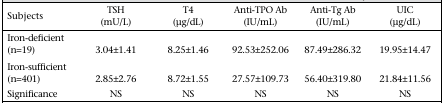
<table><thead><tr><td><b>Subjects</b></td><td><b>TSH (mU/L)</b></td><td><b>T4 (μg/dL)</b></td><td><b>Anti-TPO Ab (IU/mL)</b></td><td><b>Anti-Tg Ab (IU/mL)</b></td><td><b>UIC (μg/dL)</b></td></tr></thead><tbody><tr><td>Iron-deficient (n=19)</td><td>3.04±1.41</td><td>8.25±1.46</td><td>92.53±252.06</td><td>87.49±286.32</td><td>19.95±14.47</td></tr><tr><td>Iron-sufficient (n=401)</td><td>2.85±2.76</td><td>8.72±1.55</td><td>27.57±109.73</td><td>56.40±319.80</td><td>21.84±11.56</td></tr><tr><td>Significance</td><td>NS</td><td>NS</td><td>NS</td><td>NS</td><td>NS</td></tr></tbody></table>